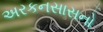
અરકનસાસનો